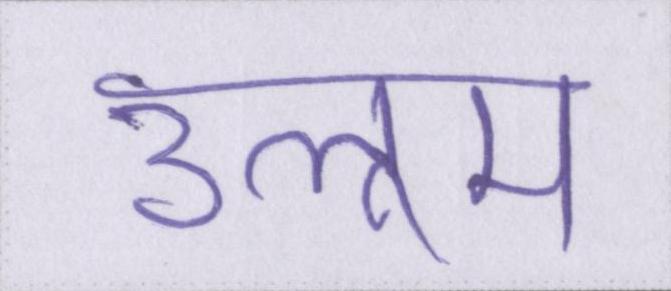
उलूम